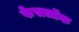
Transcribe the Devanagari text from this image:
फेसलॉक